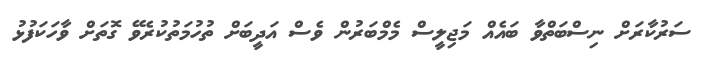
ސަރުކާރަށް ނިސްބަތްވާ ބައެއް މަޖިލީސް މެމްބަރުން ވެސް އަދީބަށް ތުހުމަތުކުރެވޭ ގޮތަށް ވާހަކަފުޅު